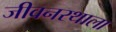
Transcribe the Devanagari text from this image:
जीवनरथाला